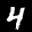
Label: 4